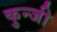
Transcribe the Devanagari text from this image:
कुन्जी